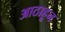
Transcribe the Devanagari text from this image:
आठाहून